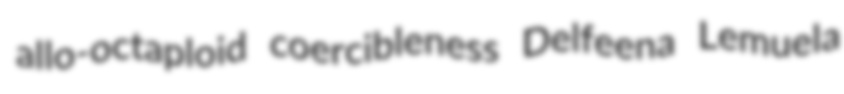
allo-octaploid coercibleness Delfeena Lemuela